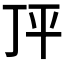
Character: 𰏣